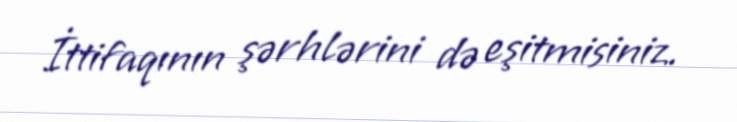
İttifaqının şərhlərini də eşitmisiniz.